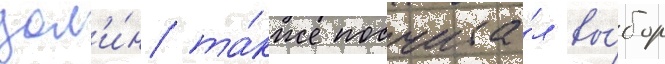
дол'и́н та́кже посчита́л вы́бор